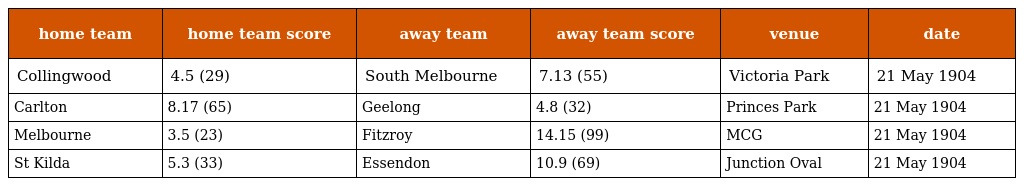
| home team | home team score | away team | away team score | venue | date |
 | --- | --- | --- | --- | --- | --- |
 | Collingwood | 4.5 (29) | South Melbourne | 7.13 (55) | Victoria Park | 21 May 1904 |
 | Carlton | 8.17 (65) | Geelong | 4.8 (32) | Princes Park | 21 May 1904 |
 | Melbourne | 3.5 (23) | Fitzroy | 14.15 (99) | MCG | 21 May 1904 |
 | St Kilda | 5.3 (33) | Essendon | 10.9 (69) | Junction Oval | 21 May 1904 |